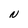
Character: N